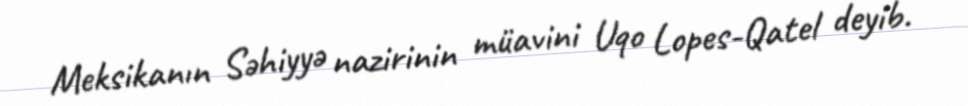
Meksikanın Səhiyyə nazirinin müavini Uqo Lopes-Qatel deyib.